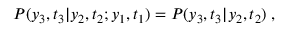
P ( y _ { 3 } , t _ { 3 } | y _ { 2 } , t _ { 2 } ; y _ { 1 } , t _ { 1 } ) = P ( y _ { 3 } , t _ { 3 } | y _ { 2 } , t _ { 2 } ) \; ,